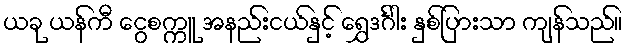
ယခု ယန်ကီ ငွေစက္ကူ အနည်းငယ်နှင့် ရွှေဒင်္ဂါး နှစ်ပြားသာ ကျန်သည်။